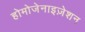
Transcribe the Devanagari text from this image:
होमोजेनाइज़ेशन